Annual report of the Bengal Veterinary College and of the Civil Veterinary Department, Bengal, for the year 1917-18 - 1917-1918
Year: 1917
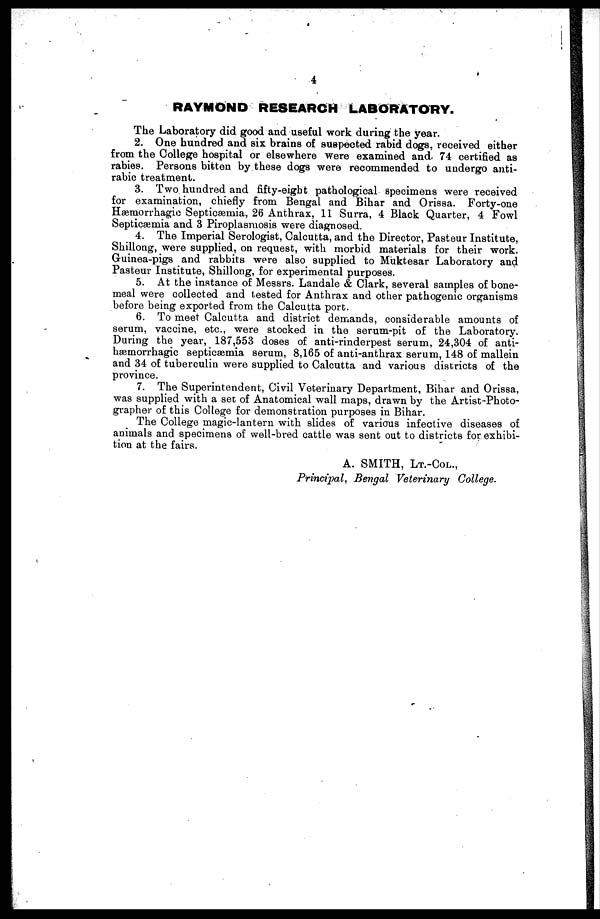
4
RAYMOND RESEARCH LABORATORY.
The Laboratory did good and useful work during the year.
2. One hundred and six brains of suspected rabid dogs, received either
from the College hospital or elsewhere were examined and. 74 certified as
rabies. Persons bitten by these dogs were recommended to undergo anti-
rabic treatment.
3. Two hundred and fifty-eight pathological specimens were received
for examination, chiefly from Bengal and Bihar and Orissa. Forty-one
Hæmorrhagic Septicaemia, 26 Anthrax, 11 Surra, 4 Black Quarter, 4 Fowl
Septicaemia and 3 Piroplasmosis were diagnosed.
4. The Imperial Serologist, Calcutta, and the Director, Pasteur Institute,
Shillong, were supplied, on request, with morbid materials for their work.
Guinea-pigs and rabbits were also supplied to Muktesar Laboratory and
Pasteur Institute, Shillong, for experimental purposes.
5. At the instance of Messrs. Landale & Clark, several samples of bone-
meal were collected and tested for Anthrax and other pathogenic organisms
before being exported from the Calcutta port.
6. To meet Calcutta and district demands, considerable amounts of
serum, vaccine, etc., were stocked in the serum-pit of the Laboratory.
During the year, 187,553 doses of anti-rinderpest serum, 24,304 of anti-
hæmorrhagic septicaemia serum, 8,165 of anti-anthrax serum, 148 of mallein
and 34 of tuberculin were supplied to Calcutta and various districts of the
province.
7. The Superintendent, Civil Veterinary Department, Bihar and Orissa,
was supplied with a set of Anatomical wall maps, drawn by the Artist-Photo-
grapher of this College for demonstration purposes in Bihar.
The College magic-lantern with slides of various infective diseases of
animals and specimens of well-bred cattle was sent out to districts for exhibi-
tion at the fairs.
A. SMITH, LT.-COL.,
Principal, Bengal Veterinary College.